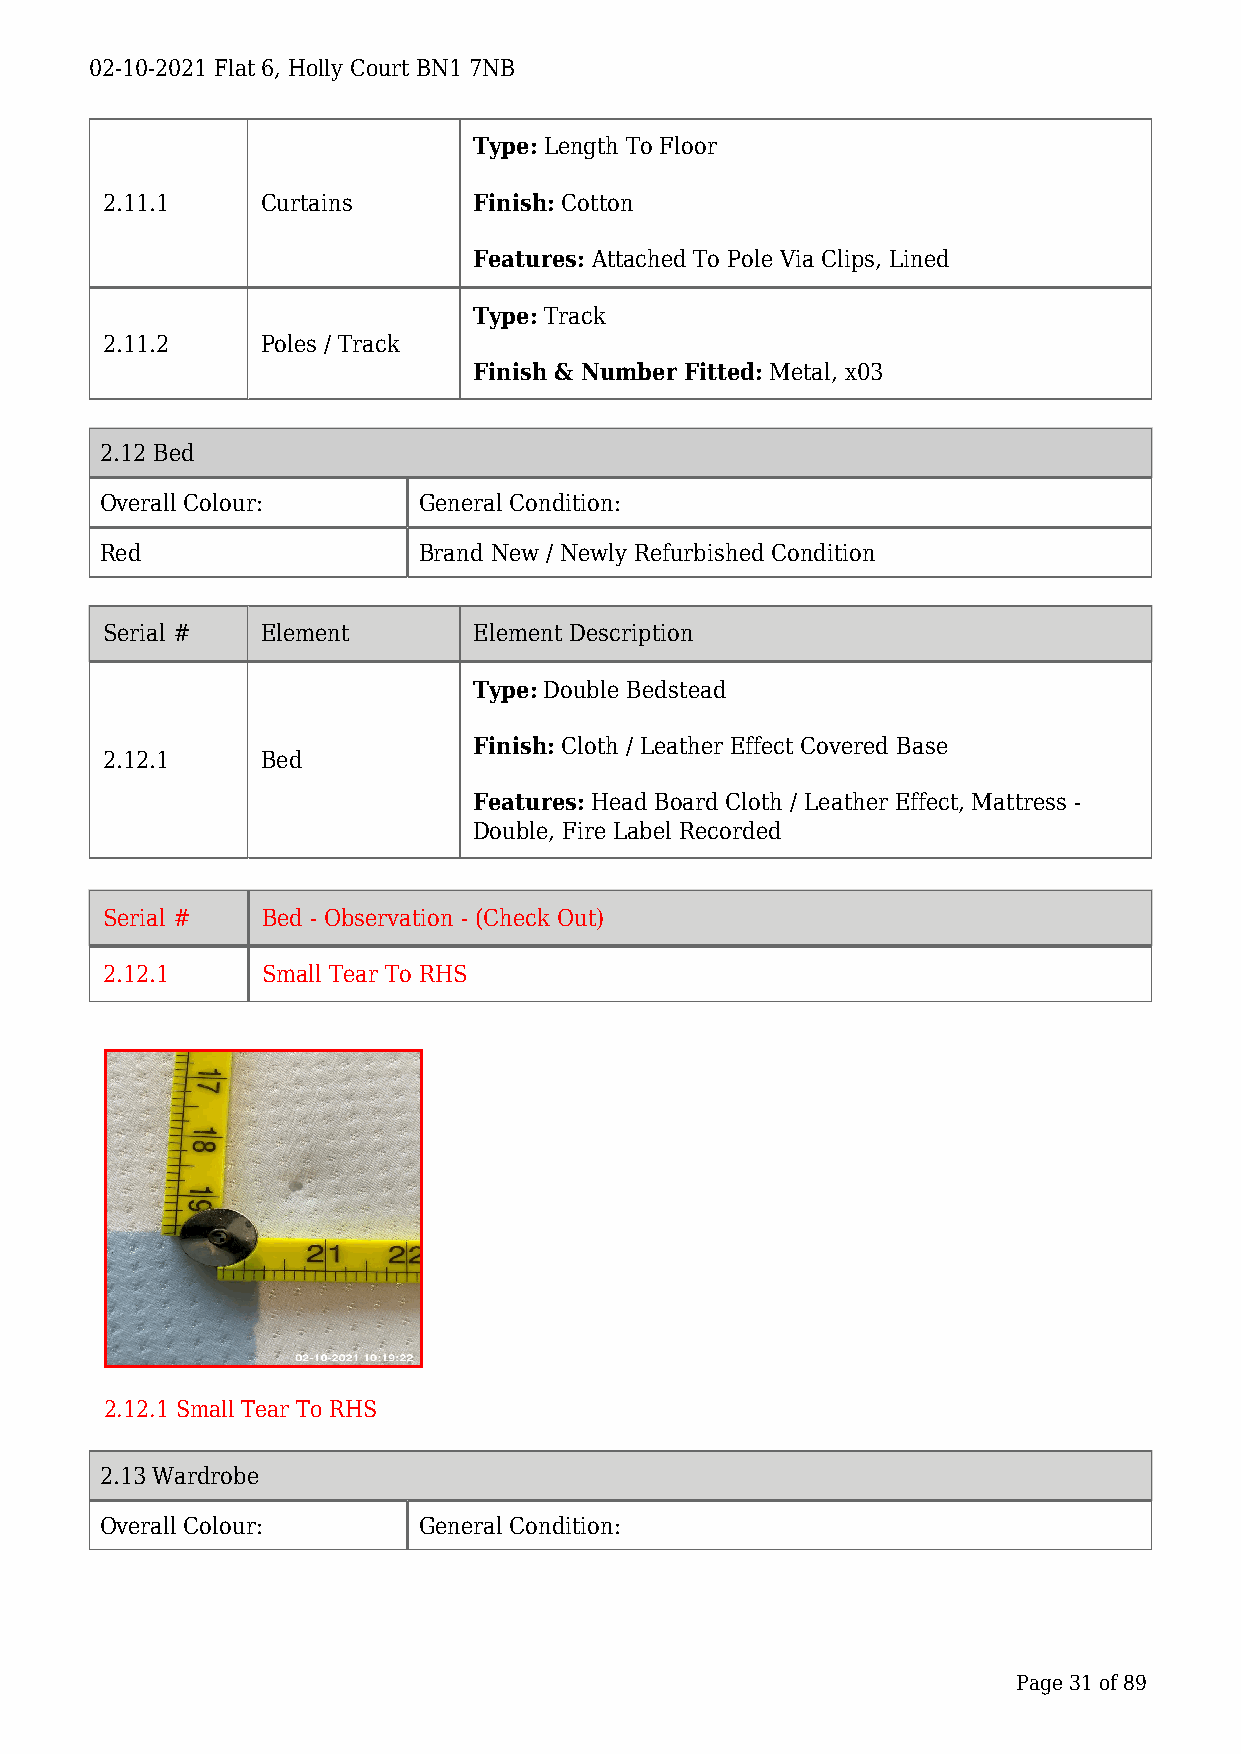
02-10-2021 Flat 6, Holly Court BN1 7NB
 Type: Length To Floor
 2.11.1    Curtains      Finish: Cotton
 Features: Attached To Pole Via Clips, Lined
 Type: Track
 2.11.2    Poles / Track
 Finish & Number Fitted: Metal, x03
 2.12 Bed
 Overall Colour:      General Condition:
 Red                  Brand New / Newly Refurbished Condition
 Serial #  Element       Element Description
 Type: Double Bedstead
 Finish: Cloth / Leather Effect Covered Base
 2.12.1    Bed
 Features: Head Board Cloth / Leather Effect, Mattress -
 Double, Fire Label Recorded
 Serial #  Bed - Observation - (Check Out)
 2.12.1    Small Tear To RHS
 2.12.1 Small Tear To RHS
 2.13 Wardrobe
 Overall Colour:      General Condition:
 Page 31 of 89